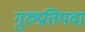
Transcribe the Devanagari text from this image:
गुरुप्रतिपदा